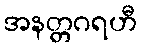
အနတ္တဂရဟီ